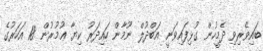
ބައިވެރިވި ދެމީހުން ގުޅިފައިވަނީ އަބްދުލް ނޫމާން ހައިދަރު ކިޔާ ޢުމުރުން 18 އަހަރުގެ